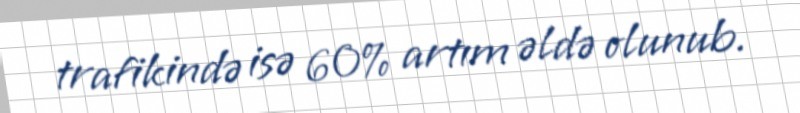
trafikində isə 60% artım əldə olunub.